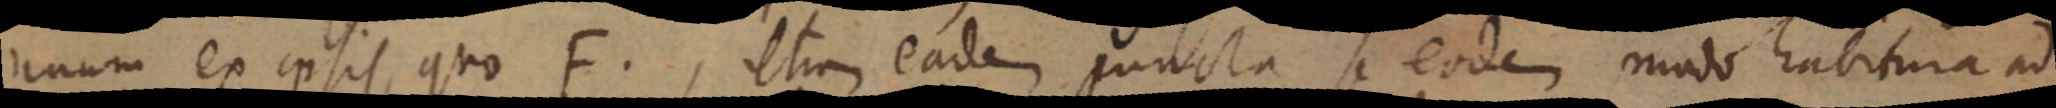
unum ex ipsis, quo F. etiam eadem puncta se eodem modo habitura ad